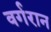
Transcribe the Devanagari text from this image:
वर्गरान